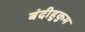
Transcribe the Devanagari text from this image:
बंदीहुकुम